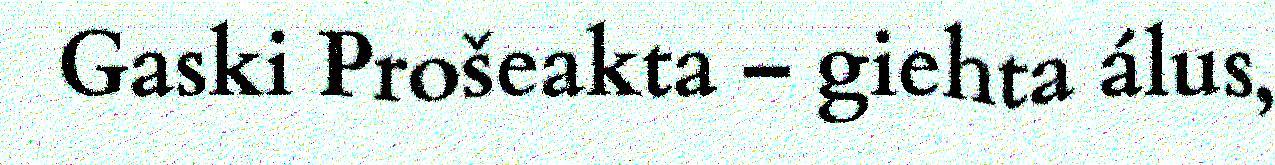
Gaski Prošeakta – giehta álus,